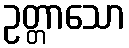
ဥတ္တာသော